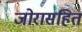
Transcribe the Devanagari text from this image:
जोरासहित